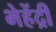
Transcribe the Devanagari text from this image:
भेहेंद्री